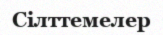
Сілттемелер